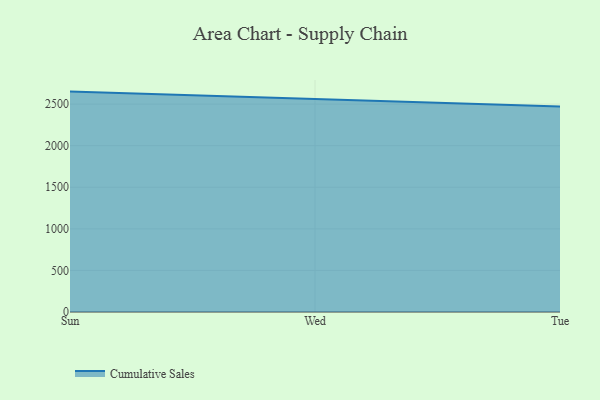
{"axis": {"x": "Day", "y": "Conversion Rate (%)"}, "legend": ["Cumulative Sales"], "data": [{"x": "Sun", "y": 2650.0, "type": "Cumulative Sales"}, {"x": "Wed", "y": 2563.8, "type": "Cumulative Sales"}, {"x": "Tue", "y": 2470.9, "type": "Cumulative Sales"}]}